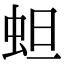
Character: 䖧